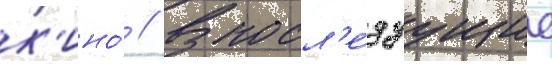
к'ино́ // В посл'е́дуущие